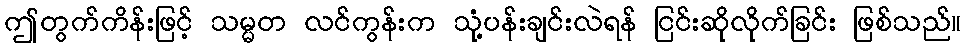
ဤတွက်ကိန်းဖြင့် သမ္မတ လင်ကွန်းက သုံ့ပန်းချင်းလဲရန် ငြင်းဆိုလိုက်ခြင်း ဖြစ်သည်။